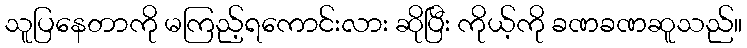
သူပြနေတာကို မကြည့်ရကောင်းလား ဆိုပြီး ကိုယ့်ကို ခဏခဏဆူသည်။